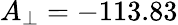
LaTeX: A_{\perp}=-113.83